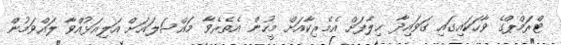
ޓްރަމްޕްގެ ވާހަކައިގައި ގަވައިދާ ޙިލާފަށް އެމެރިކާއަށް މީހުން އެތެރެވާ މައްސަލައަށް އަލިއަޅުއްވާ ލައްވަމުން